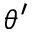
\theta ^ { \prime }